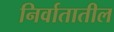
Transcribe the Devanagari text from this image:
निर्वातातील